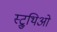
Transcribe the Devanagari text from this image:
स्ट्रुथिओ